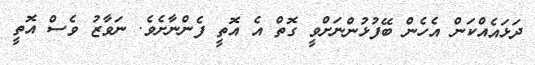
ދަޅައެއްކަން އެހެން ބޭފުޅުންނަށްވީ ގޮތް އެ އޮތީ ފެންނާށެވެ. ނަވާޒު ވެސް އޮތީ